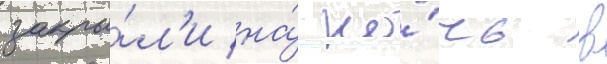
закры́л'и на́ но́чь в